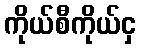
ကိုယ်စီကိုယ်ငှ